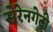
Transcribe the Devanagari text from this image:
सेरेनगेटी